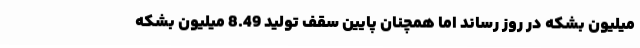
میلیون بشکه در روز رساند اما همچنان پایین سقف تولید 8.49 میلیون بشکه